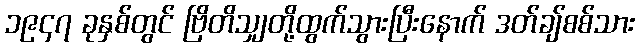
၁၉၄၇ ခုနှစ်တွင် ဗြိတိသျှတို့ထွက်သွားပြီးနောက် ဒတ်ချ်စစ်သား